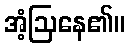
အံ့ဩနေ၏။